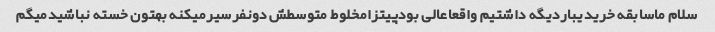
سلام ماسابقه خریدیباردیگه داشتیم واقعاعالی بودپیتزامخلوط متوسطش دونفرسیرمیکنه بهتون خسته نباشیدمیگم